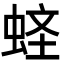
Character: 𧋧